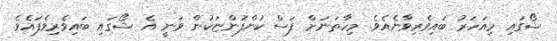
ޝޯގައި މިއަހަރު ބައިވެރިވާނެއެވެ. މިހާތަނަށް ފަސް ކުންފުންޏަކުން ވަނީ އެ ޝޯގައި ބައިވެރިވެފައެވެ.